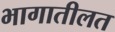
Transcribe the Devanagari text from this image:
भागातीलत